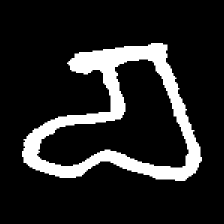
Pyu character \u2014 Myanmar letter: စ (romanized: ca)